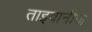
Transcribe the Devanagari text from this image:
ताइवानीज